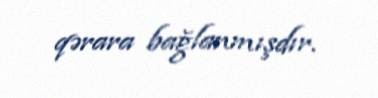
qərara bağlanmışdır.